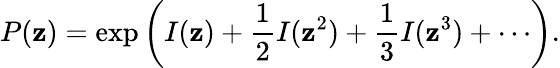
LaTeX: P(\mathbf{z})=\exp\left(I(\mathbf{z})+{\frac{{1}}{{2}}}I(\mathbf{z}^{2})+{\frac{{1}}{{3}}}I(\mathbf{z}^{3})+\cdots\right).